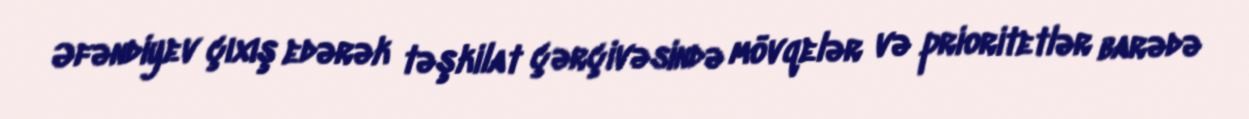
Əfəndiyev çıxış edərək təşkilat çərçivəsində mövqelər və prioritetlər barədə